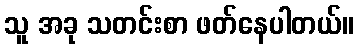
သူ အခု သတင်းစာ ဖတ်နေပါတယ်။